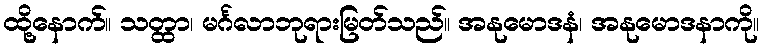
ထို့နောက်။ သတ္ထာ၊ မင်္ဂလာဘုရားမြတ်သည်။ အနုမောဒနံ၊ အနုမောဒနာကို။